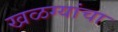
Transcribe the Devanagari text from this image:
खळग्यांचा